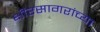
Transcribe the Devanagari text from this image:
क्षीरसागरांच्या